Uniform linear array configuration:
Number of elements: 48
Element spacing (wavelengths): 0.75
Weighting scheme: binomial
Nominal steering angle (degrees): -60
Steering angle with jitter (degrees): -61.128
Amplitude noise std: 0.05
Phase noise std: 0.05

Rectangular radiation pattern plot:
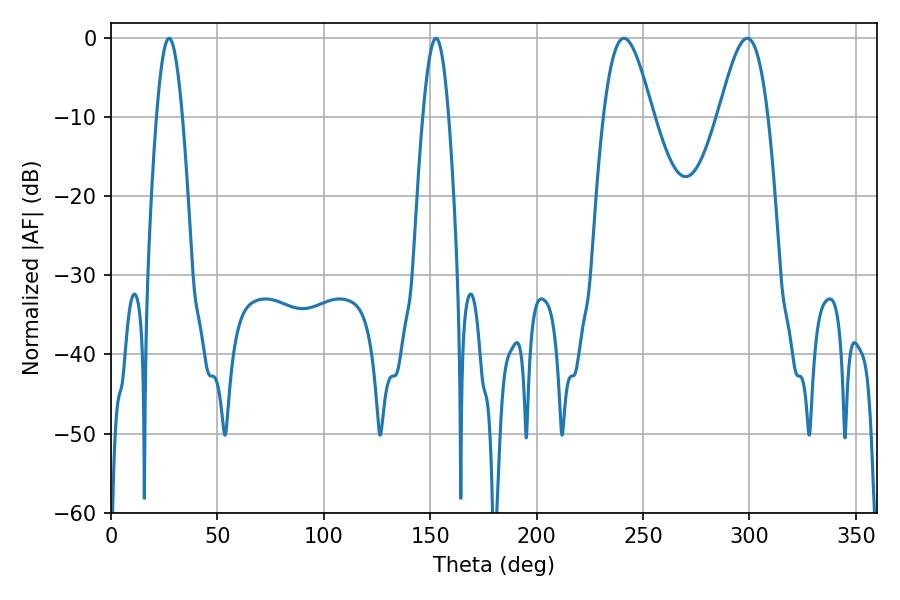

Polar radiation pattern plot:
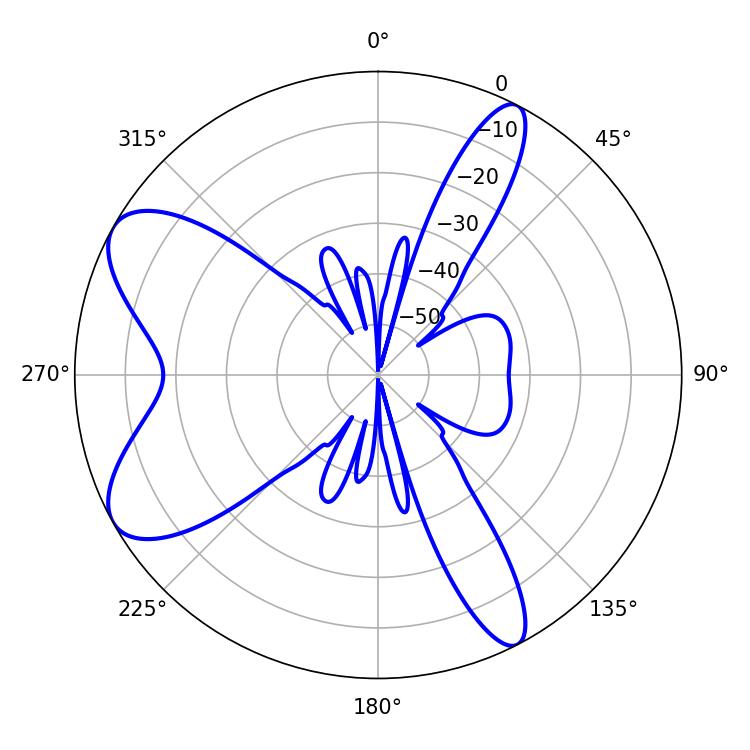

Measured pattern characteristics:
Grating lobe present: TRUE
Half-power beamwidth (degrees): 12.42
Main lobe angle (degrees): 241.02